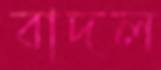
বাদল